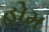
હોમ